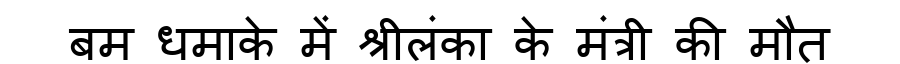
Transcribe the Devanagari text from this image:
बम धमाके में श्रीलंका के मंत्री की मौत